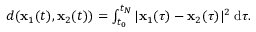
\begin{array} { r } { d ( { \mathbf x } _ { 1 } ( t ) , { \mathbf x } _ { 2 } ( t ) ) = \int _ { t _ { 0 } } ^ { t _ { N } } | { \mathbf x } _ { 1 } ( \tau ) - { \mathbf x } _ { 2 } ( \tau ) | ^ { 2 } \; \mathrm { d } \tau . } \end{array}